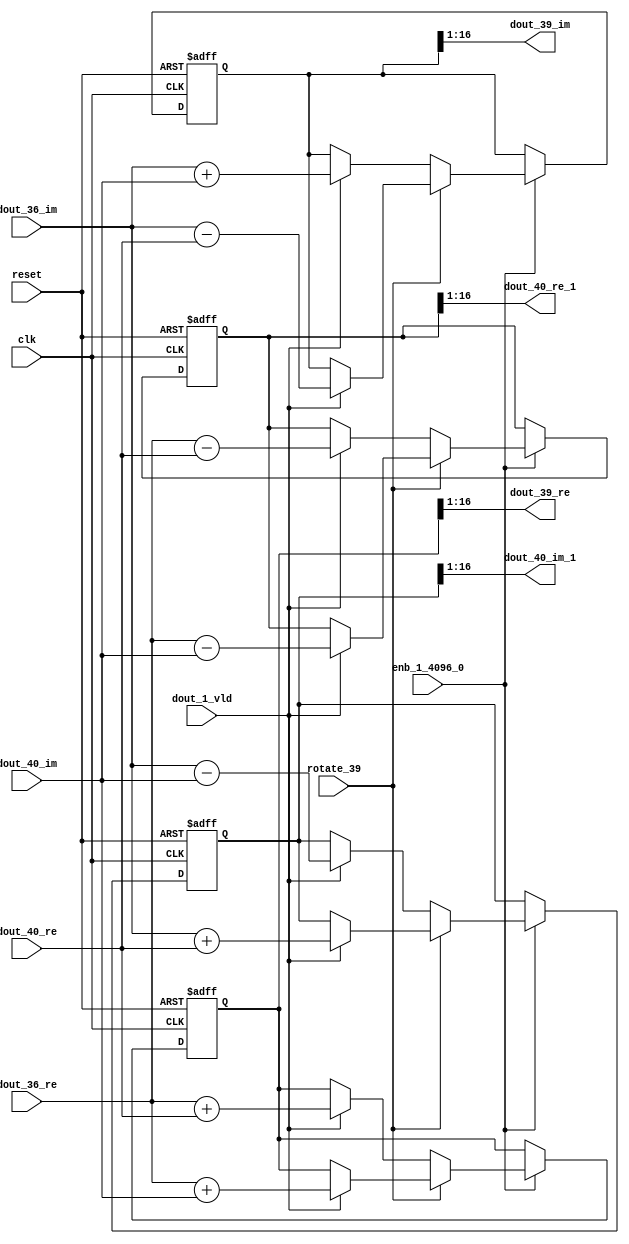
// -------------------------------------------------------------
// 
// 
// Generated by MATLAB 9.14 and HDL Coder 4.1
// 
// -------------------------------------------------------------


// -------------------------------------------------------------
// 
// Module: RADIX22FFT_SDNF2_6_block18
// Source Path: dsphdl.IFFT/RADIX22FFT_SDNF2_6
// Hierarchy Level: 4
// 
// -------------------------------------------------------------

`timescale 1 ns / 1 ns

module RADIX22FFT_SDNF2_6_block18
          (clk,
           reset,
           enb_1_4096_0,
           rotate_39,
           dout_36_re,
           dout_36_im,
           dout_40_re,
           dout_40_im,
           dout_1_vld,
           dout_39_re,
           dout_39_im,
           dout_40_re_1,
           dout_40_im_1);


  input   clk;
  input   reset;
  input   enb_1_4096_0;
  input   rotate_39;  // ufix1
  input   signed [15:0] dout_36_re;  // sfix16_En14
  input   signed [15:0] dout_36_im;  // sfix16_En14
  input   signed [15:0] dout_40_re;  // sfix16_En14
  input   signed [15:0] dout_40_im;  // sfix16_En14
  input   dout_1_vld;
  output  signed [15:0] dout_39_re;  // sfix16_En14
  output  signed [15:0] dout_39_im;  // sfix16_En14
  output  signed [15:0] dout_40_re_1;  // sfix16_En14
  output  signed [15:0] dout_40_im_1;  // sfix16_En14


  reg  Radix22ButterflyG2_NF_din_vld_dly;
  reg signed [16:0] Radix22ButterflyG2_NF_btf1_re_reg;  // sfix17
  reg signed [16:0] Radix22ButterflyG2_NF_btf1_im_reg;  // sfix17
  reg signed [16:0] Radix22ButterflyG2_NF_btf2_re_reg;  // sfix17
  reg signed [16:0] Radix22ButterflyG2_NF_btf2_im_reg;  // sfix17
  reg  Radix22ButterflyG2_NF_din_vld_dly_next;
  reg signed [16:0] Radix22ButterflyG2_NF_btf1_re_reg_next;  // sfix17_En14
  reg signed [16:0] Radix22ButterflyG2_NF_btf1_im_reg_next;  // sfix17_En14
  reg signed [16:0] Radix22ButterflyG2_NF_btf2_re_reg_next;  // sfix17_En14
  reg signed [16:0] Radix22ButterflyG2_NF_btf2_im_reg_next;  // sfix17_En14
  reg signed [15:0] dout_39_re_1;  // sfix16_En14
  reg signed [15:0] dout_39_im_1;  // sfix16_En14
  reg signed [15:0] dout_40_re_2;  // sfix16_En14
  reg signed [15:0] dout_40_im_2;  // sfix16_En14
  reg  dout_6_vld;
  reg signed [16:0] Radix22ButterflyG2_NF_add_cast;  // sfix17_En14
  reg signed [16:0] Radix22ButterflyG2_NF_add_cast_0;  // sfix17_En14
  reg signed [16:0] Radix22ButterflyG2_NF_add_cast_1;  // sfix17_En14
  reg signed [16:0] Radix22ButterflyG2_NF_add_cast_2;  // sfix17_En14
  reg signed [16:0] Radix22ButterflyG2_NF_sub_cast;  // sfix17_En14
  reg signed [16:0] Radix22ButterflyG2_NF_sub_cast_0;  // sfix17_En14
  reg signed [16:0] Radix22ButterflyG2_NF_sub_cast_1;  // sfix17_En14
  reg signed [16:0] Radix22ButterflyG2_NF_sub_cast_2;  // sfix17_En14
  reg signed [16:0] Radix22ButterflyG2_NF_sra_temp;  // sfix17_En14
  reg signed [16:0] Radix22ButterflyG2_NF_add_cast_3;  // sfix17_En14
  reg signed [16:0] Radix22ButterflyG2_NF_add_cast_4;  // sfix17_En14
  reg signed [16:0] Radix22ButterflyG2_NF_add_cast_5;  // sfix17_En14
  reg signed [16:0] Radix22ButterflyG2_NF_add_cast_6;  // sfix17_En14
  reg signed [16:0] Radix22ButterflyG2_NF_sra_temp_0;  // sfix17_En14
  reg signed [16:0] Radix22ButterflyG2_NF_sub_cast_3;  // sfix17_En14
  reg signed [16:0] Radix22ButterflyG2_NF_sub_cast_4;  // sfix17_En14
  reg signed [16:0] Radix22ButterflyG2_NF_sub_cast_5;  // sfix17_En14
  reg signed [16:0] Radix22ButterflyG2_NF_sub_cast_6;  // sfix17_En14
  reg signed [16:0] Radix22ButterflyG2_NF_sra_temp_1;  // sfix17_En14
  reg signed [16:0] Radix22ButterflyG2_NF_sra_temp_2;  // sfix17_En14


  // Radix22ButterflyG2_NF
  always @(posedge clk or posedge reset)
    begin : Radix22ButterflyG2_NF_process
      if (reset == 1'b1) begin
        Radix22ButterflyG2_NF_din_vld_dly <= 1'b0;
        Radix22ButterflyG2_NF_btf1_re_reg <= 17'sb00000000000000000;
        Radix22ButterflyG2_NF_btf1_im_reg <= 17'sb00000000000000000;
        Radix22ButterflyG2_NF_btf2_re_reg <= 17'sb00000000000000000;
        Radix22ButterflyG2_NF_btf2_im_reg <= 17'sb00000000000000000;
      end
      else begin
        if (enb_1_4096_0) begin
          Radix22ButterflyG2_NF_din_vld_dly <= Radix22ButterflyG2_NF_din_vld_dly_next;
          Radix22ButterflyG2_NF_btf1_re_reg <= Radix22ButterflyG2_NF_btf1_re_reg_next;
          Radix22ButterflyG2_NF_btf1_im_reg <= Radix22ButterflyG2_NF_btf1_im_reg_next;
          Radix22ButterflyG2_NF_btf2_re_reg <= Radix22ButterflyG2_NF_btf2_re_reg_next;
          Radix22ButterflyG2_NF_btf2_im_reg <= Radix22ButterflyG2_NF_btf2_im_reg_next;
        end
      end
    end

  always @(Radix22ButterflyG2_NF_btf1_im_reg, Radix22ButterflyG2_NF_btf1_re_reg,
       Radix22ButterflyG2_NF_btf2_im_reg, Radix22ButterflyG2_NF_btf2_re_reg,
       Radix22ButterflyG2_NF_din_vld_dly, dout_1_vld, dout_36_im, dout_36_re,
       dout_40_im, dout_40_re, rotate_39) begin
    Radix22ButterflyG2_NF_add_cast_1 = 17'sb00000000000000000;
    Radix22ButterflyG2_NF_add_cast_2 = 17'sb00000000000000000;
    Radix22ButterflyG2_NF_sub_cast_1 = 17'sb00000000000000000;
    Radix22ButterflyG2_NF_sub_cast_2 = 17'sb00000000000000000;
    Radix22ButterflyG2_NF_add_cast_5 = 17'sb00000000000000000;
    Radix22ButterflyG2_NF_add_cast_6 = 17'sb00000000000000000;
    Radix22ButterflyG2_NF_sub_cast_5 = 17'sb00000000000000000;
    Radix22ButterflyG2_NF_sub_cast_6 = 17'sb00000000000000000;
    Radix22ButterflyG2_NF_add_cast = 17'sb00000000000000000;
    Radix22ButterflyG2_NF_add_cast_0 = 17'sb00000000000000000;
    Radix22ButterflyG2_NF_sub_cast = 17'sb00000000000000000;
    Radix22ButterflyG2_NF_sub_cast_0 = 17'sb00000000000000000;
    Radix22ButterflyG2_NF_add_cast_3 = 17'sb00000000000000000;
    Radix22ButterflyG2_NF_add_cast_4 = 17'sb00000000000000000;
    Radix22ButterflyG2_NF_sub_cast_3 = 17'sb00000000000000000;
    Radix22ButterflyG2_NF_sub_cast_4 = 17'sb00000000000000000;
    Radix22ButterflyG2_NF_btf1_re_reg_next = Radix22ButterflyG2_NF_btf1_re_reg;
    Radix22ButterflyG2_NF_btf1_im_reg_next = Radix22ButterflyG2_NF_btf1_im_reg;
    Radix22ButterflyG2_NF_btf2_re_reg_next = Radix22ButterflyG2_NF_btf2_re_reg;
    Radix22ButterflyG2_NF_btf2_im_reg_next = Radix22ButterflyG2_NF_btf2_im_reg;
    Radix22ButterflyG2_NF_din_vld_dly_next = dout_1_vld;
    if (rotate_39 != 1'b0) begin
      if (dout_1_vld) begin
        Radix22ButterflyG2_NF_add_cast_1 = {dout_36_re[15], dout_36_re};
        Radix22ButterflyG2_NF_add_cast_2 = {dout_40_im[15], dout_40_im};
        Radix22ButterflyG2_NF_btf1_re_reg_next = Radix22ButterflyG2_NF_add_cast_1 + Radix22ButterflyG2_NF_add_cast_2;
        Radix22ButterflyG2_NF_sub_cast_1 = {dout_36_re[15], dout_36_re};
        Radix22ButterflyG2_NF_sub_cast_2 = {dout_40_im[15], dout_40_im};
        Radix22ButterflyG2_NF_btf2_re_reg_next = Radix22ButterflyG2_NF_sub_cast_1 - Radix22ButterflyG2_NF_sub_cast_2;
        Radix22ButterflyG2_NF_add_cast_5 = {dout_36_im[15], dout_36_im};
        Radix22ButterflyG2_NF_add_cast_6 = {dout_40_re[15], dout_40_re};
        Radix22ButterflyG2_NF_btf2_im_reg_next = Radix22ButterflyG2_NF_add_cast_5 + Radix22ButterflyG2_NF_add_cast_6;
        Radix22ButterflyG2_NF_sub_cast_5 = {dout_36_im[15], dout_36_im};
        Radix22ButterflyG2_NF_sub_cast_6 = {dout_40_re[15], dout_40_re};
        Radix22ButterflyG2_NF_btf1_im_reg_next = Radix22ButterflyG2_NF_sub_cast_5 - Radix22ButterflyG2_NF_sub_cast_6;
      end
    end
    else if (dout_1_vld) begin
      Radix22ButterflyG2_NF_add_cast = {dout_36_re[15], dout_36_re};
      Radix22ButterflyG2_NF_add_cast_0 = {dout_40_re[15], dout_40_re};
      Radix22ButterflyG2_NF_btf1_re_reg_next = Radix22ButterflyG2_NF_add_cast + Radix22ButterflyG2_NF_add_cast_0;
      Radix22ButterflyG2_NF_sub_cast = {dout_36_re[15], dout_36_re};
      Radix22ButterflyG2_NF_sub_cast_0 = {dout_40_re[15], dout_40_re};
      Radix22ButterflyG2_NF_btf2_re_reg_next = Radix22ButterflyG2_NF_sub_cast - Radix22ButterflyG2_NF_sub_cast_0;
      Radix22ButterflyG2_NF_add_cast_3 = {dout_36_im[15], dout_36_im};
      Radix22ButterflyG2_NF_add_cast_4 = {dout_40_im[15], dout_40_im};
      Radix22ButterflyG2_NF_btf1_im_reg_next = Radix22ButterflyG2_NF_add_cast_3 + Radix22ButterflyG2_NF_add_cast_4;
      Radix22ButterflyG2_NF_sub_cast_3 = {dout_36_im[15], dout_36_im};
      Radix22ButterflyG2_NF_sub_cast_4 = {dout_40_im[15], dout_40_im};
      Radix22ButterflyG2_NF_btf2_im_reg_next = Radix22ButterflyG2_NF_sub_cast_3 - Radix22ButterflyG2_NF_sub_cast_4;
    end
    Radix22ButterflyG2_NF_sra_temp = Radix22ButterflyG2_NF_btf1_re_reg >>> 8'd1;
    dout_39_re_1 = Radix22ButterflyG2_NF_sra_temp[15:0];
    Radix22ButterflyG2_NF_sra_temp_0 = Radix22ButterflyG2_NF_btf1_im_reg >>> 8'd1;
    dout_39_im_1 = Radix22ButterflyG2_NF_sra_temp_0[15:0];
    Radix22ButterflyG2_NF_sra_temp_1 = Radix22ButterflyG2_NF_btf2_re_reg >>> 8'd1;
    dout_40_re_2 = Radix22ButterflyG2_NF_sra_temp_1[15:0];
    Radix22ButterflyG2_NF_sra_temp_2 = Radix22ButterflyG2_NF_btf2_im_reg >>> 8'd1;
    dout_40_im_2 = Radix22ButterflyG2_NF_sra_temp_2[15:0];
    dout_6_vld = Radix22ButterflyG2_NF_din_vld_dly;
  end



  assign dout_39_re = dout_39_re_1;

  assign dout_39_im = dout_39_im_1;

  assign dout_40_re_1 = dout_40_re_2;

  assign dout_40_im_1 = dout_40_im_2;

endmodule  // RADIX22FFT_SDNF2_6_block18